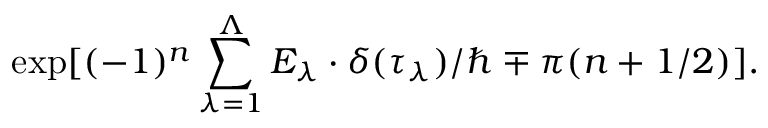
\exp [ ( - 1 ) ^ { n } \sum _ { \lambda = 1 } ^ { \Lambda } E _ { \lambda } \cdot \delta ( \tau _ { \lambda } ) / \hbar \mp \pi ( n + 1 / 2 ) ] .